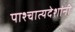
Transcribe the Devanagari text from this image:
पाश्चात्यदेशांनी